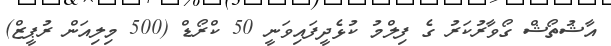
އާޝުތޯޝް ގޯވާރުކަރު ގެ ފިލްމު ކުޅެދީފައިވަނީ 50 ކްރޯޑް (500 މިލިއަން ރުޕީޒް)